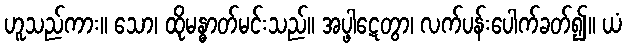
ဟူသည်ကား။ သော၊ ထိုမန္ဓာတ်မင်းသည်။ အပ္ဖါဋေတွာ၊ လက်ပန်းပေါက်ခတ်၍။ ယံ